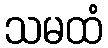
သမထံ